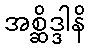
အစ္ဆိဒ္ဒါနိ